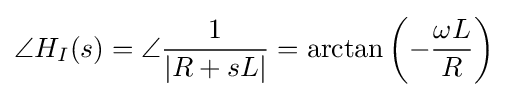
\angle {H_{I}(s)}=\angle {\frac {1}{|R+sL|}}=\arctan \left(-{\frac {\omega L}{R}}\right)